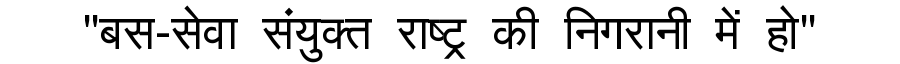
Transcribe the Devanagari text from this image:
"बस-सेवा संयुक्त राष्ट्र की निगरानी में हो"